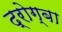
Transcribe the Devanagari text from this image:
द्रोग्बा